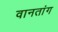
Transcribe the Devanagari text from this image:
वानतांग